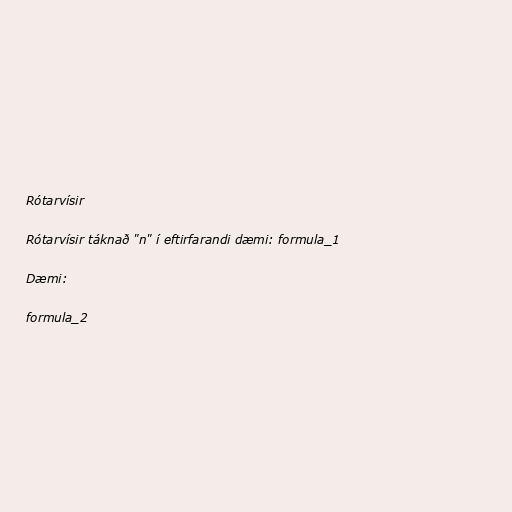
Rótarvísir

Rótarvísir táknað "n" í eftirfarandi dæmi: formula_1

Dæmi:

formula_2